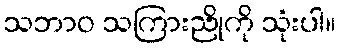
သဘာဝ သကြားညိုကို သုံးပါ။